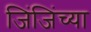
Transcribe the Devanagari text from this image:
जिंजिंच्या